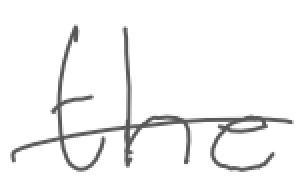
Text: the
Cross-out: single-line
Writing tool: digital_gray